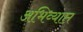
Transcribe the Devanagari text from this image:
अभिव्याप्त